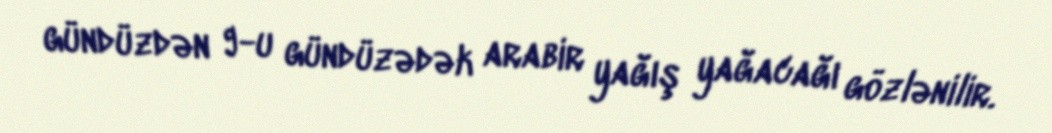
gündüzdən 9-u gündüzədək arabir yağış yağacağı gözlənilir.